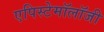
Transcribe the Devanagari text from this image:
एपिस्टेमॉलॉजी